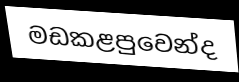
මඩකළපුවෙන්ද